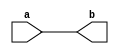
module test(a,b);
  
  input a;
  output b;
  
  assign #5 b = a;
  
endmodule